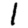
Digit: 1